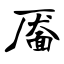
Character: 靥